Civil Veterinary Department Bengal reports 1933-51 - 1933-1951
Year: 1933
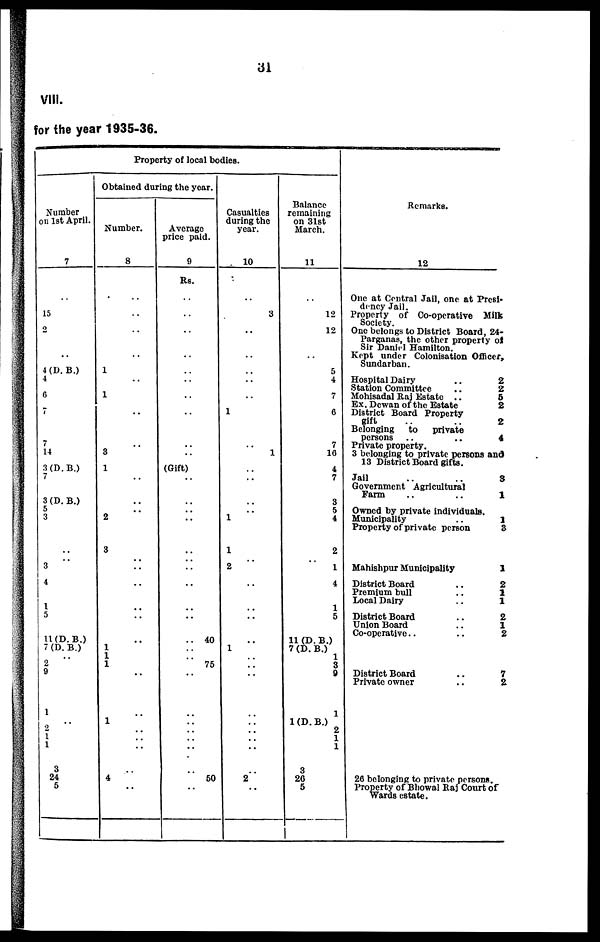
31
VllI.
for the year 1935-36.
Property of local bodies.
Number
on 1st April.
7
..
15
2
..
4 (D. B.)
4
6
7
7
14
3 (D. B.)
7
3 (D. B.)
5
3
..
..
3
4
1
5
11 (D. B.)
7 (D. B.)
2
9
1
2
1
1
3
24
5
Obtained during the year.
Number.
8
..
..
..
..
1
..
1
..
..
3
1
..
..
2
3
..
..
..
..
..
..
1
1
1
..
..
1
..
..
..
..
4
..
Average
price paid.
9
Rs.
..
..
..
..
..
..
..
..
..
..
(Gift)
..
..
..
..
..
..
..
..
..
.. 40
..
..
75
..
..
..
..
..
..
..
50
..
Casualties
during the
year.
10
..
3
..
..
..
..
..
1
..
1
..
..
..
1
1
..
2
..
..
..
..
1
..
..
..
..
..
..
..
..
..
2
..
Balance
remaining
on 31st
March.
11
..
12
12
..
5
4
7
6
7
16
4
7
3
5
4
2
..
1
4
1
5
11 (D. B.)
7 (D. B.)
1
3
9
1
1 (D. B.)
2
1
1
3
26
5
Remarks.
12
One at Central Jail, one at Presi¬
dency Jail.
Property of Co-operative Milk
Society. One belongs to District Board, 24-
Parganas, the other property of
Sir Daniel Hamilton.
Kept under Colonisation Officer,
Sundarban.
Hospital Dairy
..
Station Committee
..
Mohisadal Raj Estate ..
Ex. Dewan of the Estate
District Board Property
gift
..
..
Belonging
to
private
persons ..
..
Private property.
3 belonging to private persons and
13 District Board gifts.
Jail
..
..
Government Agricultural
Farm
..
..
Owned by private individuals.
Municipality
..
Property of private person
Mahishpur Municipality
District Board
..
Premium bull
..
Local Dairy
..
District Board
..
Union Board
..
Co-operative..
..
District Board
..
Private owner
..
26 belonging to private persons.
Property of Bhowal Raj Court of
Wards estate.
2
2
5
2
2
4
3
1
1
3
1
2
1
1
2
1
2
7
2